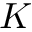
K